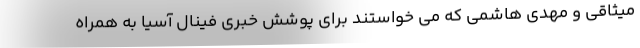
میثاقی و مهدی هاشمی که می ‌خواستند برای پوشش خبری فینال آسیا به همراه